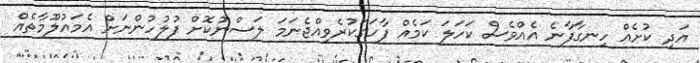
އަދި ކުށެއް ހިނގާފާނެ އެއްވެސް ކަހަލަ ކަމެއް ފާހަގަކުރެވިއްޖެނަމަ ލަސްނުކޮށް ފުލުހުންނަށް އެމައުލޫމާތެއް